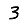
Digit: 3